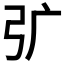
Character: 𭚦